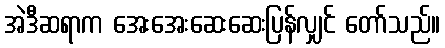
အဲဒီဆရာက အေးအေးဆေးဆေးပြန်လျှင် တော်သည်။